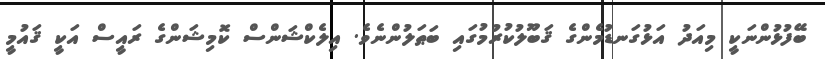
ބޭފުޅުންނަކީ މިއަދު އަޅުގަނޑުމެންގެ ޤަބޫލުކުރުމުގައި ބަޠަލުންނެވެ. އިލެކްޝަންސް ކޮމިޝަންގެ ރައީސް އަކީ ޤައުމީ